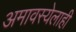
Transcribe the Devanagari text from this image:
अमावस्येलाही